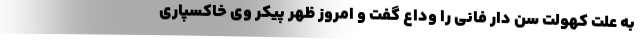
به علت کهولت سن دار فانی را وداع گفت و امروز ظهر پیکر وی خاکسپاری